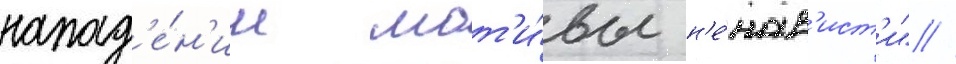
напад'е́н'ии мот'и́вы н'е́нав'ист'и" //